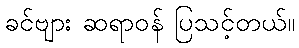
ခင်ဗျား ဆရာဝန် ပြသင့်တယ်။